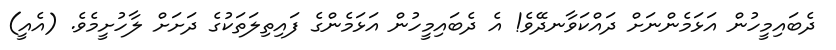
ދެބައިމީހުން އަޅަމެންނަށް ދައްކަވާނދޭވެ! އެ ދެބައިމީހުން އަޅަމެންގެ ފައިތިލަތަކުގެ ދަށަށް ލާހުށީމެވެ. (އެއީ)